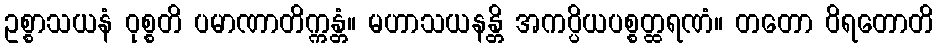
ဥစ္စာသယနံ ဝုစ္စတိ ပမာဏာတိက္ကန္တံ။ မဟာသယနန္တိ အကပ္ပိယပစ္စတ္ထရဏံ။ တတော ဝိရတောတိ